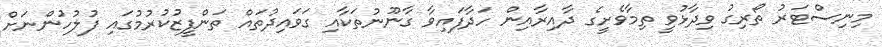
މިނިސްޓަރު ތޯރިގު ވިދާޅުވީ ތިމާވެށީގެ ދާއިރާއިން ހަދާފައިވާ ގާނޫނުތަކާއި ގަވައިދުތައް ތަންފީޒުކުރުމުގައި ފުލުހުންނަށް